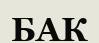
БАК